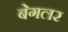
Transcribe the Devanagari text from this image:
बेगलर